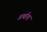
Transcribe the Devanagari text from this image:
अर्थाना